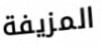
المزيفة